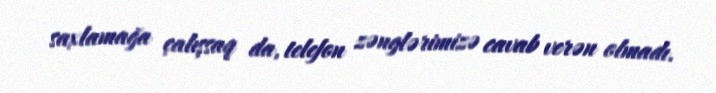
saxlamağa çalışsaq da, telefon zənglərimizə cavab verən olmadı.